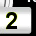
Digit: 2